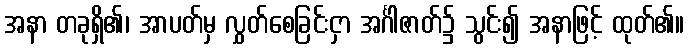
အနာ တခုရှိ၏၊ အာပတ်မှ လွှတ်စေခြင်းငှာ အင်္ဂါဇာတ်၌ သွင်း၍ အနာဖြင့် ထုတ်၏။